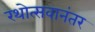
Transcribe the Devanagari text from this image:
रथोत्सवानंतर